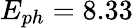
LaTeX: E_{ph}=8.33